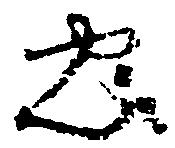
忠